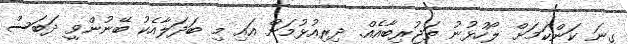
ގިނަ ކަންކަމަށް ލޯހުޅުނު ތަޖުރިބާއެއް. ދިރިއުޅުމަށް އައި މި ބަދަލާއެކު ބޭނުންވީ ދަބަސް